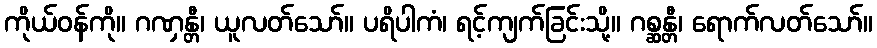
ကိုယ်ဝန်ကို။ ဂဏှန္တီ၊ ယူလတ်သော်။ ပရိပါကံ၊ ရင့်ကျက်ခြင်းသို့။ ဂစ္ဆန္တီ၊ ရောက်လတ်သော်။